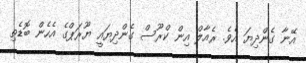
އޭނާ ގެންދިޔަ އެވެ. ރެއާލް އިން ކްރޫސް ގެންދިޔައީ ޔޫރަޕްގެ އެހެން ބޮޑެތި